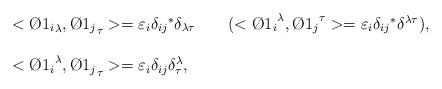
LaTeX: \begin{align*}\begin{array}{ll}<{\O1_{i}}_{\lambda},{\O1_{j}}_{\tau}>=\varepsilon_{i}\delta_{ij}{}^{*}\delta_{\lambda\tau} \qquad (<{\O1_{i}}^{\lambda},{\O1_{j}}^{\tau}>=\varepsilon_{i}\delta_{ij}{}^{*}\delta^{\lambda\tau}),\\\\<{\O1_{i}}^{\lambda},{\O1_{j}}_{\tau}>=\varepsilon_{i}\delta_{ij}\delta^{\lambda}_{\tau},\end{array}\end{align*}